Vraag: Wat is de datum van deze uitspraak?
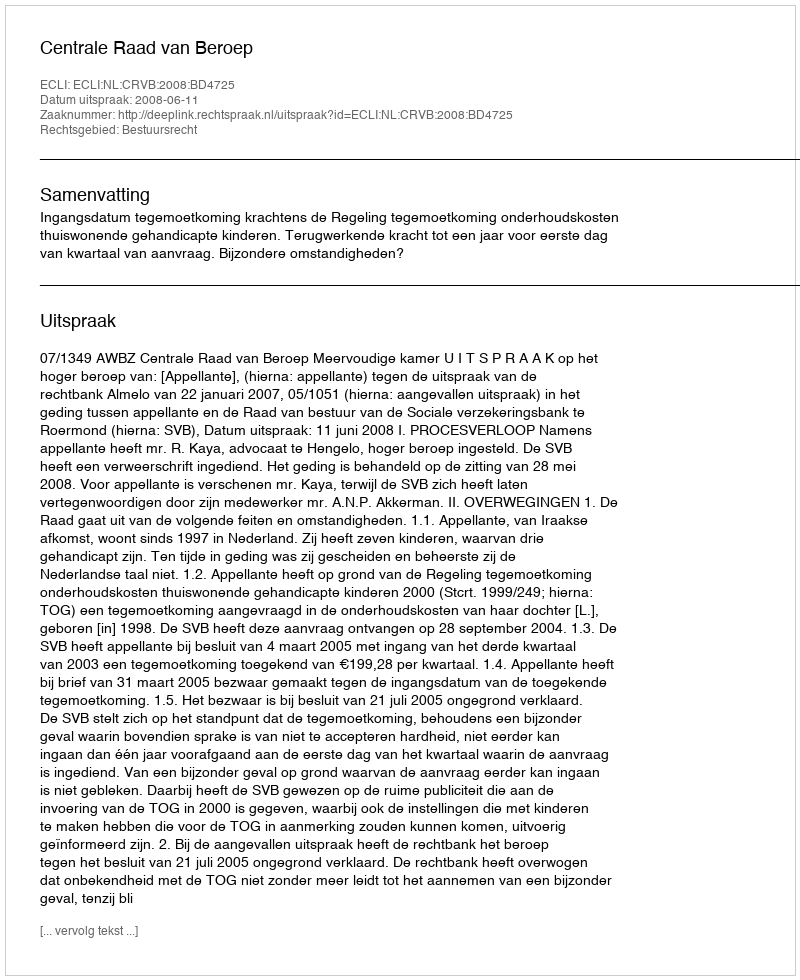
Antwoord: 2008-06-11